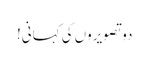
دو تصویروں کی کہانی!